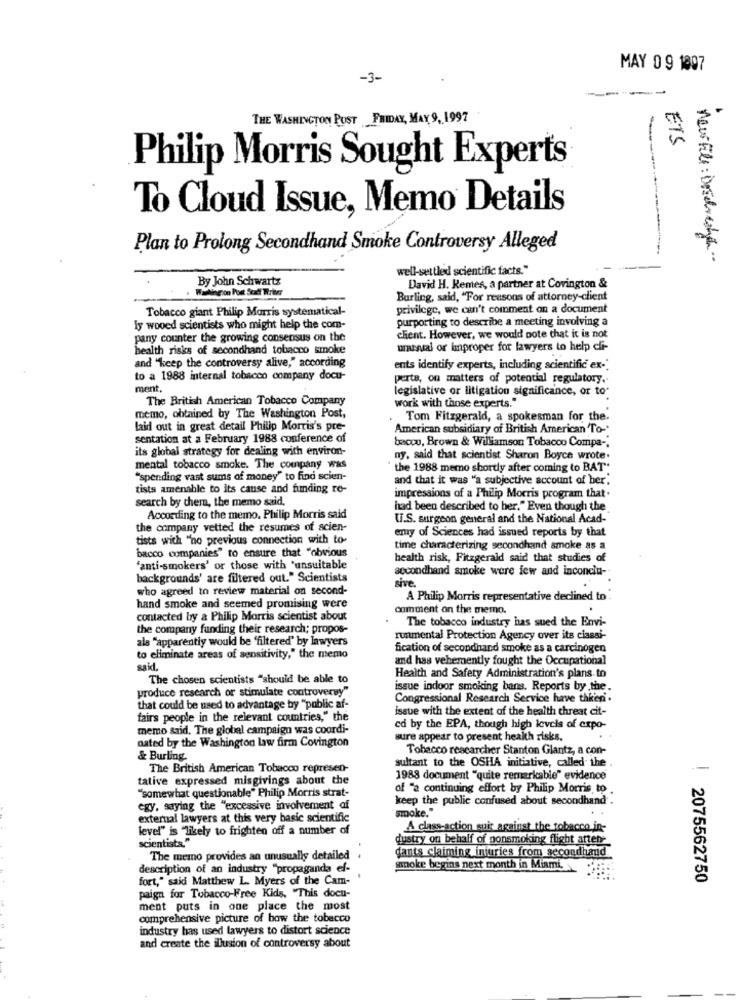
MAY 09 1997
-3-
THE WASHINGTON POST FRIDAY, MAY 9, 1997
ETS
Philip Morris Sought Experts
To Cloud Issue, Memo Details
Plan to Prolong Secondhand Smoke Controversy Alleged
new Fill : Dosereshen ..
well-settled scientific facts."
By John Schwartz
David H. Remes, a partner at Covington &
Burling, said, "For reasons of attorney-client
Tobacco giant Philip Morris systematical-
privilege, we can't comment on a document
purporting to describe a meeting involving a
ly wooed scientists who might help the com-
pany counter the growing consensus on the
client. However, we would note that it is not
health risks of secondhand tobacco smoke
unusual or improper for lawyers to help ci-
and "keep the controversy alive," according
ents identify experts, including scientific ex-"
to a 1988 internal tobacco company docu-
perte, on matters of potential regulatory ..
ment,
legislative or litigation significance, or to
The British American Tobacco Company
work with those experts."
memo, obtained by The Washington Post,
Tom Fitzgerald, a spokesman for the.
laid out in great detail Philip Morris's pre-
American subsidiary of British American 'To-
sentation at a February 1988 conference of
its global strategy for dealing with environ-
bacou, Brown & Williamson Tobacco Compa -.
ny, said that scientist Sharon Boyce wrote.
mental tobacco smoke. The company was
the 1988 memo shortly after coming to BAT".
"spending vast sums of money" to find scien-
and that it was "a subjective account of her."
tists amenable to its cause and funding re-
search by them, the memo said,
impressions of a Philip Morris program that.
had been described to her." Even though the
According to the memo. Philip Morris said
U.S. surgeon general and the National Acad-
the company vetted the resumes of acien-
emy of Sciences had issued reports by that
tista with "no previous connection with to-
time characterizing secondhand smoke as a
bacco companies" to ensure that "obvious
health risk, Fitzgerald said that studies of
"anti-smokers' or those with 'unsuitable
secondhand smoke were few and inconclu-
backgrounds' are filtered out." Scientists
sive.
who agreed to review material on second-
A Philip Morris representative declined to
hand smoke and seemed promising were
comment on the memo.
contacted by a Philip Morris scientist about
The tobacco industry has sued the Envi-
the company funding their research; propos-
als "apparently would be 'filtered' by lawyers
runmental Protection Agency over its ciassi-
fication of secondhand smoke as a carcinogen
to eliminate areas of sensitivity," the memo
and has vehemently fought the Occupational
said.
The chosen scientists "should be able to
Health and Safety Administration's plans to
produce research or stimulate controversy"
issue indoor smoking bans. Reports by the.
Congressional Research Service have thken.
that could be used to advantage by "public af-
issue with the extent of the health threat cit-
fairs people in the relevant countries," the
memo said. The global campaign was coordi-
ed by the EPA, though high levels of expo-
nated by the Washington law firm Covington
sure appear to present health risks.
Tobacco researcher Stanton Glantz, a con-
& Burling
sultant to the OSHA initiative, called the
The British American Tobacco represen-
tative expressed misgivings about the
1988 document "quite remarkable" evidence
"somewhat questionable" Philip Morris strat-
of "2 continuing effort by Philip Morris to
keep the public confused about secondhand .
egy, saying the "excessive involvement af
smoke."
external lawyers at this very basic scientific
level" is likely to frighten off a number of
A class-action suis against the_tobacco in-
scientists."
dustry on behalf of ponsmoking flight atten-
dants claiming injuries from secondhand
The memo provides an unusually detailed
description of an industry "propaganda ef-
smoke begins next month in Miami,
fort," said Matthew L. Myers of the Cam-
.
2075562750
paign for Tobacco-Free Kids, "This docu-
ment puts in one place the most
comprehensive picture of bow the tobacco
industry has used lawyers to distort science
and create the illusion of controversy about